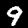
Digit: 9